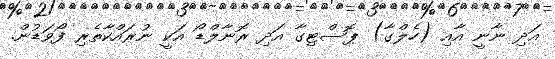
އަދި ނާނީ އާއި (ހެލްގާ) ޕޮސްޓިގާ އަދި ރޮނާލްޑޯ އަކީ ނުރައްކާތެރި ފޯވަޑުން.